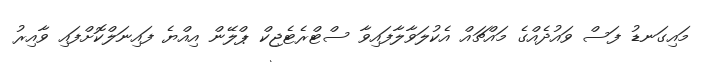
މައިގަނޑު ފަސް ވައުދެއްގެ މައްޗައް އެކުލަވާލާފައިވާ ސްޓްރެޓެޖިކް ޕްލޭން އިއްޔެ ފައިނަލްކޮށްފައި ވާއިރު